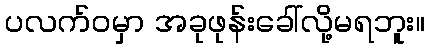
ပလက်ဝမှာ အခုဖုန်းခေါ်လို့မရဘူး။